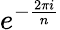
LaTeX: e^{-\frac{2\pi i}{n}}